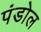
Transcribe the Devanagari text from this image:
पंडोल